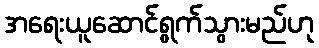
အရေးယူဆောင်ရွက်သွားမည်ဟု